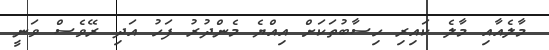
މާލެއާއި މާލެ ކައިރި ހިސާބުތަކަށް އިއްޔެ މެންދުރު ފަހު އަދި ރޭވެސް ވަނީ